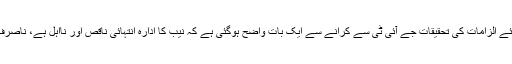
انہوں نے کہاکہ سپریم کورٹ کی جانب سے جے آئی ٹی کے قیام اور وزیراعظم پر لگائے گئے الزامات کی تحقیقات جے آئی ٹی سے کرانے سے ایک بات واضح ہوگئی ہے کہ نیب کا ادارہ انتہائی ناقص اور نااہل ہے، ناصرف نیب بلکہ ایف بی آر، ایف آئی اے اور دیگر اداروں نے بھی اپنی ذمہ داریاں پوری نہیں کیں۔